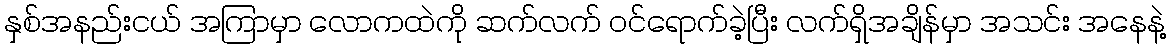
နှစ်အနည်းငယ် အကြာမှာ လောကထဲကို ဆက်လက် ဝင်ရောက်ခဲ့ပြီး လက်ရှိအချိန်မှာ အသင်း အနေနဲ့